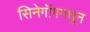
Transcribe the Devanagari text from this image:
सिनेगॉगमधून